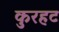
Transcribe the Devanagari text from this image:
कुरहट